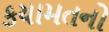
કયામતનો